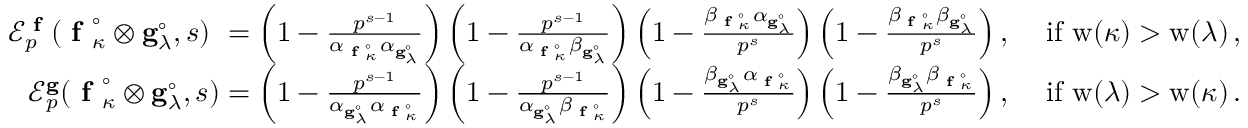
\begin{array} { r } { \begin{array} { r l } { \mathcal E _ { p } ^ { \textup { \bf f } } ( { \textup { \bf f } _ { \kappa } ^ { \circ } } \otimes { \mathbf { g } _ { \lambda } ^ { \circ } } , s ) \, \, = \left( 1 - \frac { p ^ { s - 1 } } { \alpha _ { \textup { \bf f } _ { \kappa } ^ { \circ } } \alpha _ { \mathbf { g } _ { \lambda } ^ { \circ } } } \right) \left( 1 - \frac { p ^ { s - 1 } } { \alpha _ { \textup { \bf f } _ { \kappa } ^ { \circ } } \beta _ { \mathbf { g } _ { \lambda } ^ { \circ } } } \right) \left( 1 - \frac { \beta _ { \textup { \bf f } _ { \kappa } ^ { \circ } } \alpha _ { \mathbf { g } _ { \lambda } ^ { \circ } } } { p ^ { s } } \right) \left( 1 - \frac { \beta _ { \textup { \bf f } _ { \kappa } ^ { \circ } } \beta _ { \mathbf { g } _ { \lambda } ^ { \circ } } } { p ^ { s } } \right) , } & { \mathrm { ~ i f ~ } \mathrm { w } ( \kappa ) > \mathrm { w } ( \lambda ) \, , } \\ { \mathcal E _ { p } ^ { \mathbf { g } } ( { \textup { \bf f } _ { \kappa } ^ { \circ } } \otimes { \mathbf { g } _ { \lambda } ^ { \circ } } , s ) = \left( 1 - \frac { p ^ { s - 1 } } { \alpha _ { \mathbf { g } _ { \lambda } ^ { \circ } } \alpha _ { \textup { \bf f } _ { \kappa } ^ { \circ } } } \right) \left( 1 - \frac { p ^ { s - 1 } } { \alpha _ { \mathbf { g } _ { \lambda } ^ { \circ } } \beta _ { \textup { \bf f } _ { \kappa } ^ { \circ } } } \right) \left( 1 - \frac { \beta _ { \mathbf { g } _ { \lambda } ^ { \circ } } \alpha _ { \textup { \bf f } _ { \kappa } ^ { \circ } } } { p ^ { s } } \right) \left( 1 - \frac { \beta _ { \mathbf { g } _ { \lambda } ^ { \circ } } \beta _ { \textup { \bf f } _ { \kappa } ^ { \circ } } } { p ^ { s } } \right) , } & { \mathrm { ~ i f ~ } \mathrm { w } ( \lambda ) > \mathrm { w } ( \kappa ) \, . } \end{array} } \end{array}